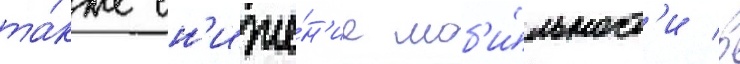
та́кже сн'иже́н'ие моб'и́льност'и в